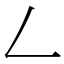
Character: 𠃋